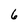
Character: 6